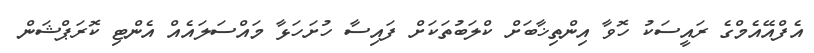
އެފްއޭއެމްގެ ރައީސަކު ހޮވާ އިންތިޚާބަށް ކްލަބުތަކަށް ފައިސާ ހުށަހަޅާ މައްސަލައެއް އެންޓި ކޮރަޕްޝަން